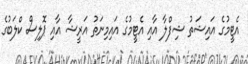
އެޓީމުގެ އައިޝަތު ޝިފްލާ އާއި އެޓީމުގެ އައިމިނަތު އަރީޝާ އާއި ޕޮލިސް ކްލަބުގެ